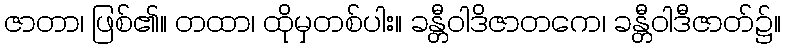
ဇာတာ၊ ဖြစ်၏။ တထာ၊ ထိုမှတစ်ပါး။ ခန္တီဝါဒိဇာတကေ၊ ခန္တီဝါဒီဇာတ်၌။